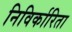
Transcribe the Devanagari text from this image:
निविर्कारिता